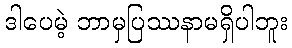
ဒါပေမဲ့ ဘာမှပြဿနာမရှိပါဘူး